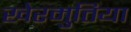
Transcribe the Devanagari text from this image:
खेरमुतिया